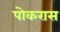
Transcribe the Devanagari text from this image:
पोकरास